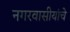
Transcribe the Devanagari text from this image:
नगरवासीयांचे